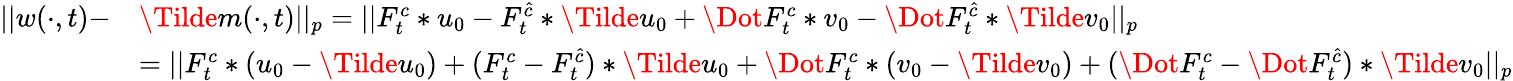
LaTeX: \begin{array}{rl}{||w(\cdot,t)-}&{\Tilde{m}(\cdot,t)||_{p}=||F_{t}^{c}*u_{0}-F_{t}^{\hat{c}}*\Tilde{u}_{0}+\Dot{F}_{t}^{c}*v_{0}-\Dot{F}_{t}^{\hat{c}}*\Tilde{v}_{0}||_{p}}\\ &{=||F_{t}^{c}*(u_{0}-\Tilde{u}_{0})+(F_{t}^{c}-F_{t}^{\hat{c}})*\Tilde{u}_{0}+\Dot{F}_{t}^{c}*(v_{0}-\Tilde{v}_{0})+(\Dot{F}_{t}^{c}-\Dot{F}_{t}^{\hat{c}})*\Tilde{v}_{0}||_{p}}\end{array}